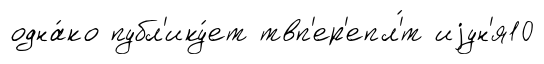
одна́ко публ'ику́ет твп'ер'епл'́т иjун'я10